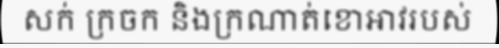
សក់ ក្រចក និងក្រណាត់ខោអាវរបស់